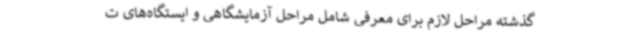
گذشته مراحل لازم برای معرفی شامل مراحل آزمایشگاهی و ایستگاه‌های ت